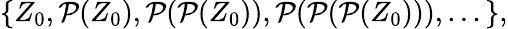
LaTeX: \{ Z_{0},{\mathcal{P}}(Z_{0}),{\mathcal{P}}({\mathcal{P}}(Z_{0})),{\mathcal{P}}({\mathcal{P}}({\mathcal{P}}(Z_{0}))),...\} ,